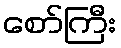
စော်ကြီး